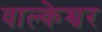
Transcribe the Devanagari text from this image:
वाल्केश्वर